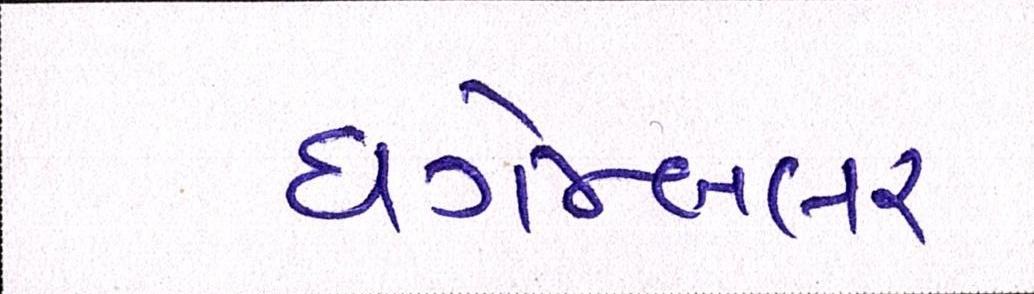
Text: ધગેમ્બલર